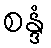
စန္ဒံ